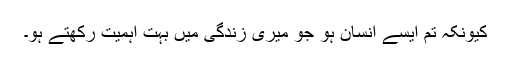
کیونکہ تم ایسے انسان ہو جو میری زندگی میں بہت اہمیت رکھتے ہو۔